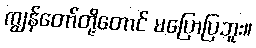
ကျွန်တော်တို့တောင် မပြောပြဘူး။